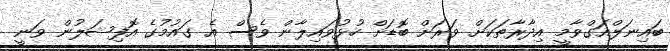
ބައިނަލްއަގްވާމީ އިދާރާތަކަށް ވަރަށް ބޮޑަށް ހުޅުވައިލާން ވެސް އެ ގައުމުގެ އޮފިޝަލުން ވަނީ